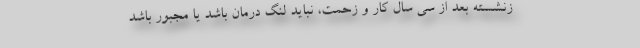
زنشسته بعد از سی سال کار و زحمت، نباید لنگ درمان باشد یا مجبور باشد